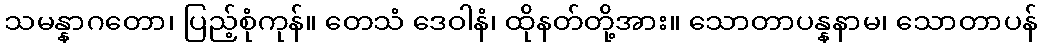
သမန္နာဂတော၊ ပြည့်စုံကုန်။ တေသံ ဒေဝါနံ၊ ထိုနတ်တို့အား။ သောတာပန္နနာမ၊ သောတာပန်